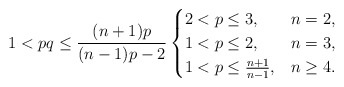
\begin{align*}1<pq\leq\frac{(n+1)p}{(n-1)p-2}\begin{cases}2<p\leq3, \ \ \ &n=2,\\1<p\leq2,\ \ \ &n=3,\\1<p\leq\frac{n+1}{n-1},&n\geq4.\end{cases}\end{align*}